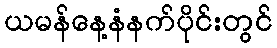
ယမန်နေ့နံနက်ပိုင်းတွင်